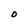
Character: O